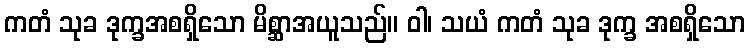
ကတံ သုခ ဒုက္ခအစရှိသော မိစ္ဆာအယူသည်။ ဝါ၊ သယံ ကတံ သုခ ဒုက္ခ အစရှိသော